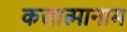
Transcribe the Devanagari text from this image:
कलात्मानाम